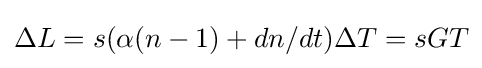
{\textstyle \Delta L=s(\alpha (n-1)+dn/dt)\Delta T=sGT}